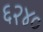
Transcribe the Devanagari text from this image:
६२४०